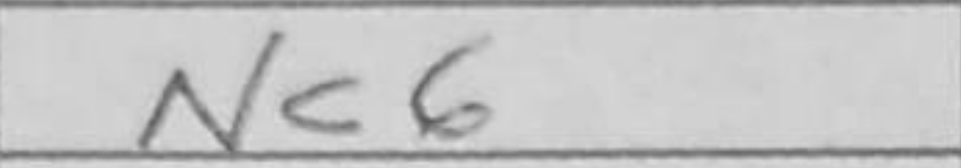
Transcription: Nc6